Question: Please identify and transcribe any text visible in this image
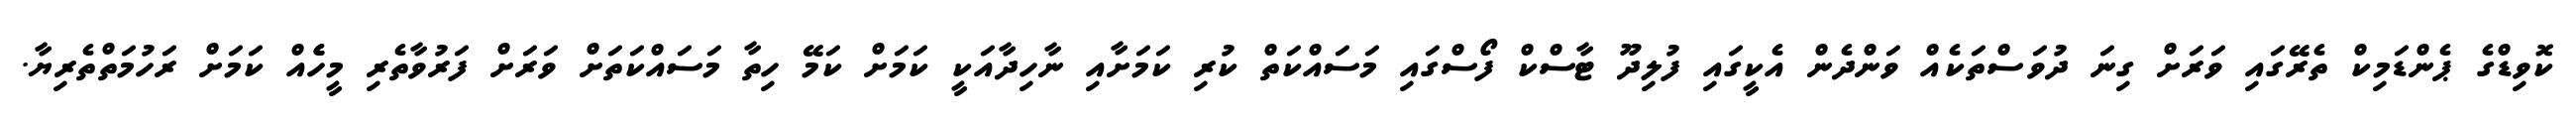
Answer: ކޮވިޑްގެ ޕެންޑަމިކް ތެރޭގައި ވަރަށް ގިނަ ދުވަސްތަކެއް ވަންދެން އެކީގައި ފުލިދޫ ޓާސްކް ފޯސްގައި މަސައްކަތް ކުރި ކަމަށާއި ނާހިދާއަކީ ކަމަށް ކަމޭ ހިތާ މަސައްކަތަށް ވަރަށް ފަރުވާތެރި މީހެެއް ކަމަށް ރަހުމަތްތެރިޔާ.